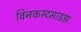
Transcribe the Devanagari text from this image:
विनकस्टमाइझ